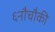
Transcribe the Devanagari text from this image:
६नौचौकी